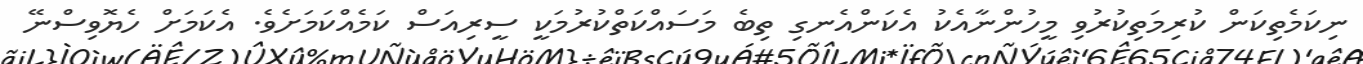
ނިކަމެތިކަން ކުރިމަތިކުރުވި މީހުންނާއެކު އެކަންއެނގި ތިބެ މަސައްކަތްކުރުމަކީ ސީރިއަސް ކަމެއްކަމަށެވެ. އެކަމަށް ހެޔޮވިސްނޭ